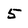
Character: 5